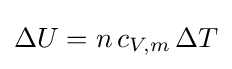
\Delta U=n\,c_{V,m}\,\Delta T